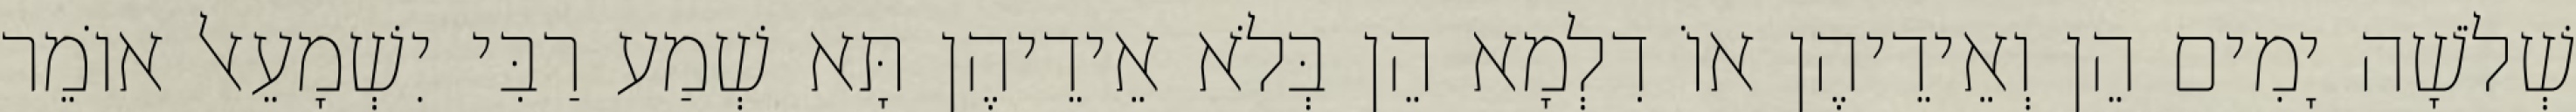
שְׁלֹשָׁה יָמִים הֵן וְאֵידֵיהֶן אוֹ דִלְמָא הֵן בְּלֹא אֵידֵיהֶן תָּא שְׁמַע רַבִּי יִשְׁמָעֵאל אוֹמֵר